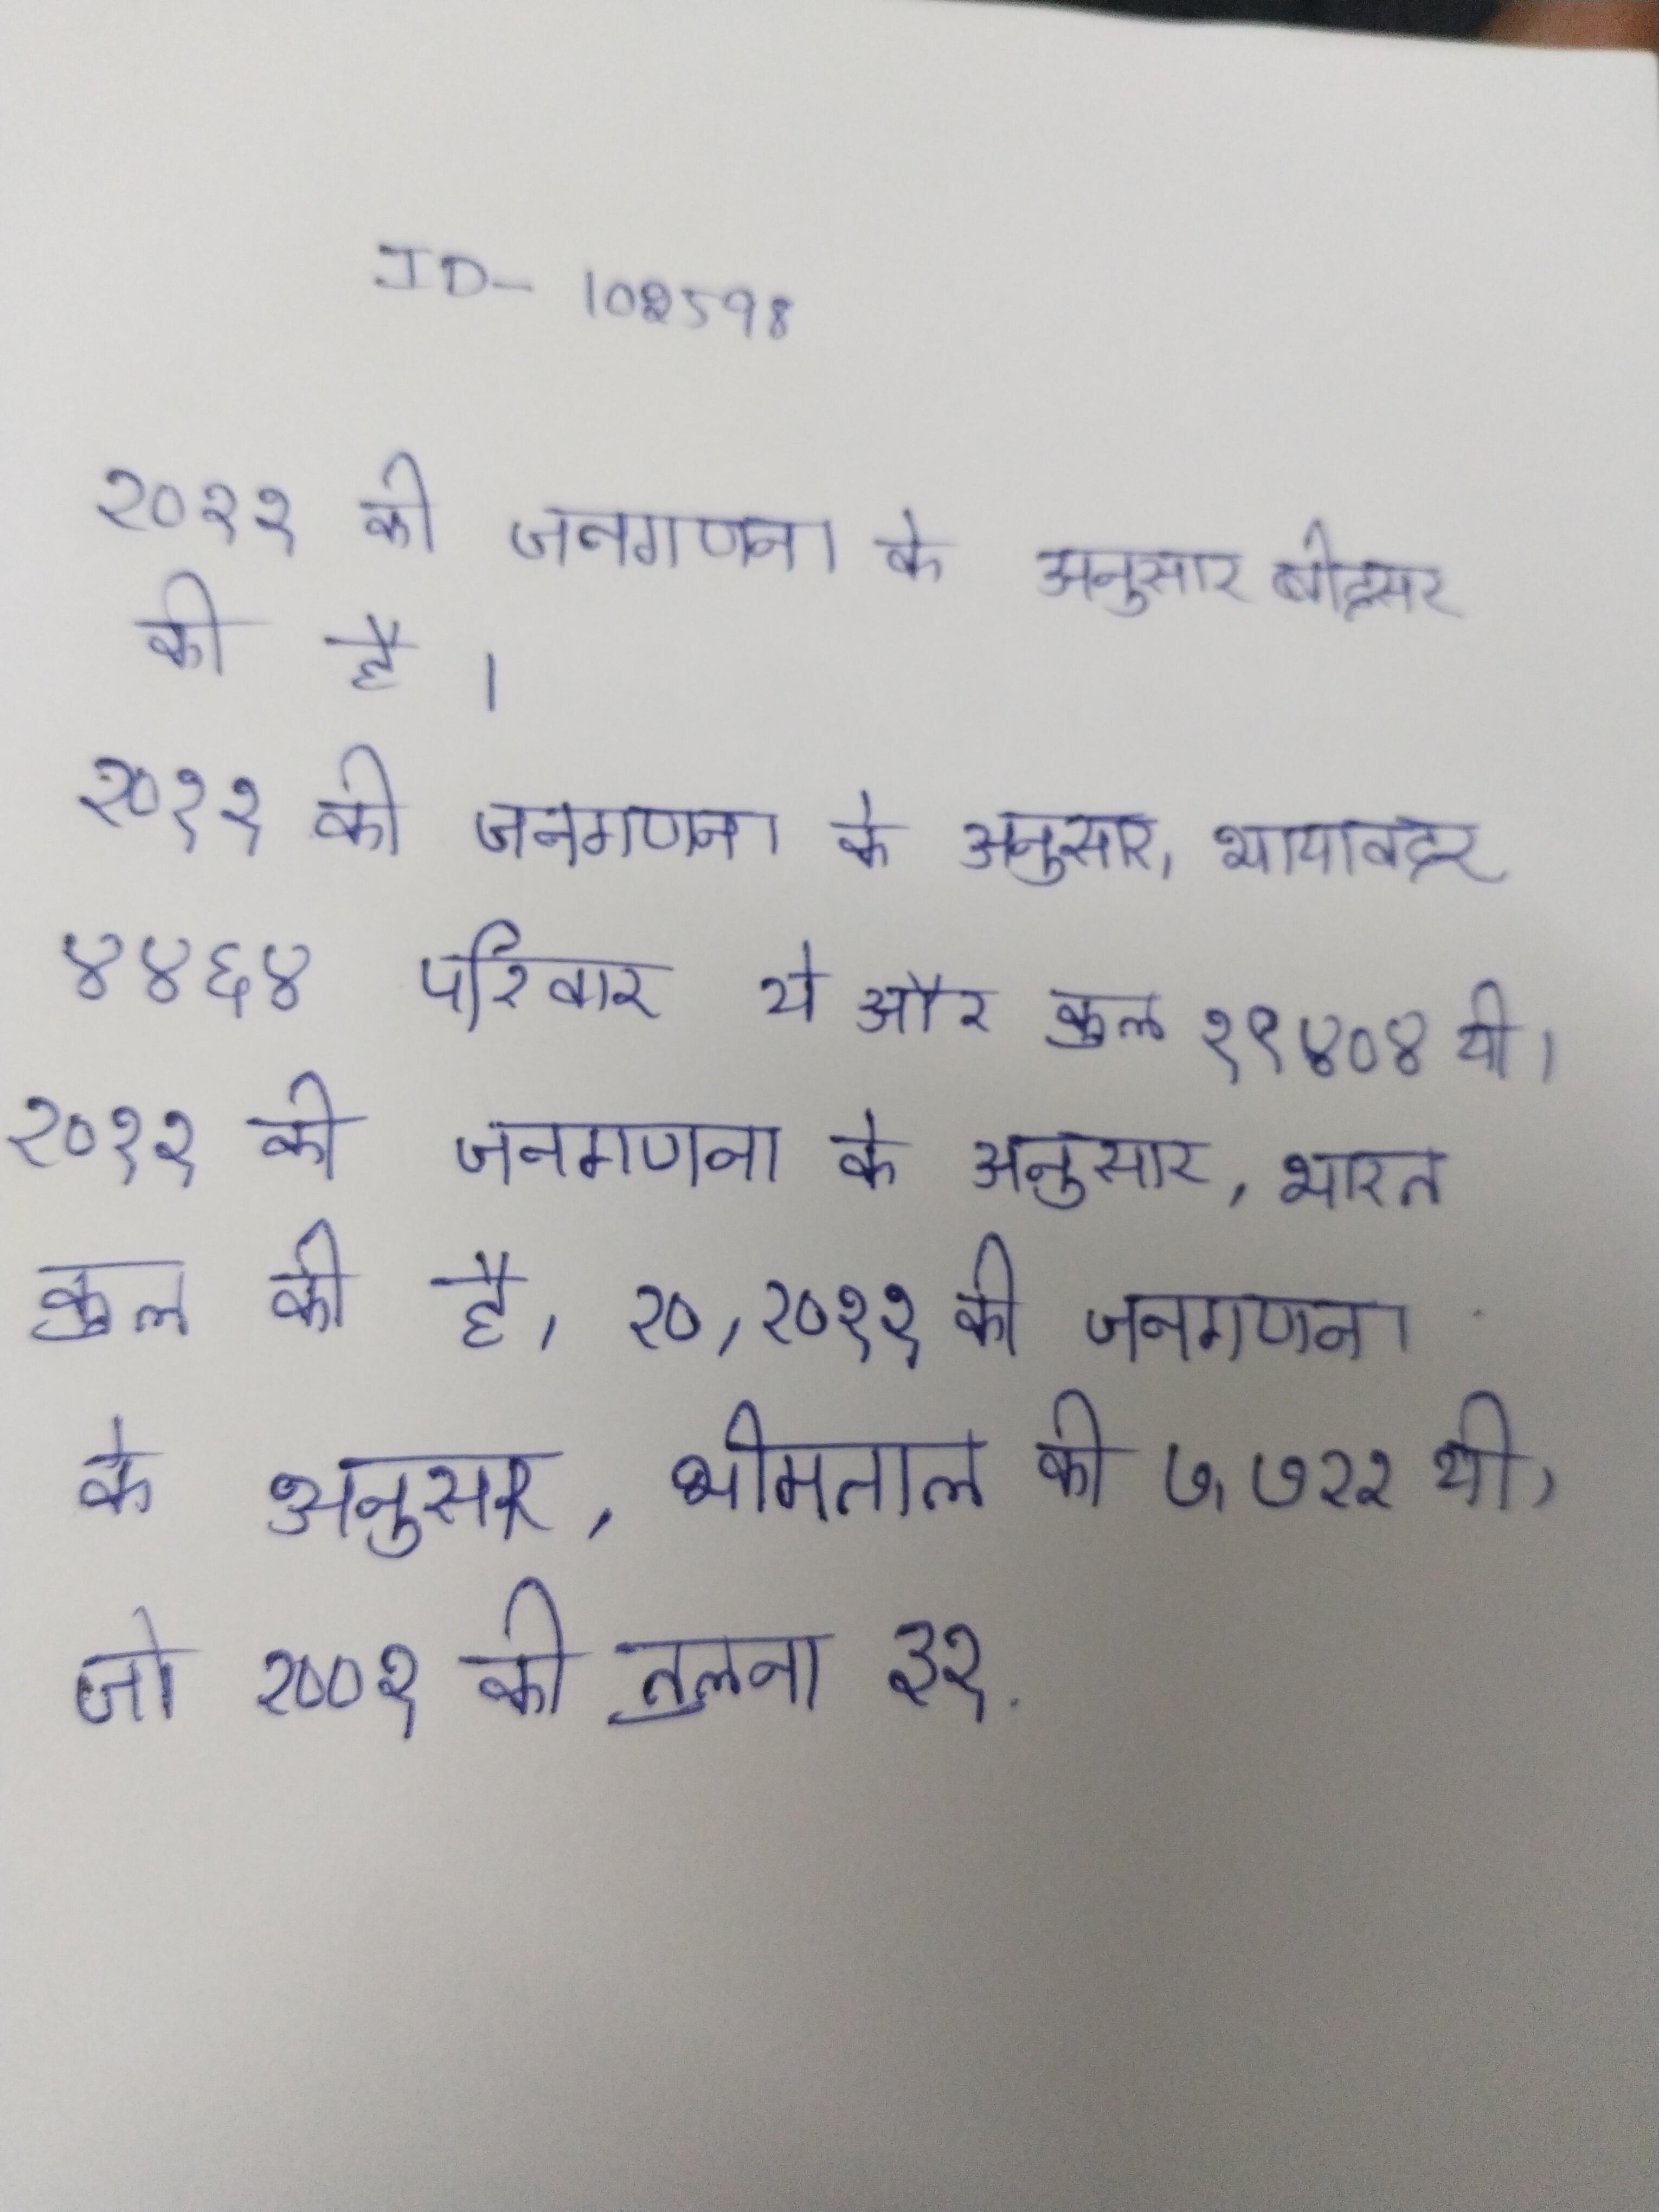
२०११ की जनगणना के अनुसार बीदसर की है । २०११ की जनगणना के अनुसार, भायावदर ४४६४ परिवार थे और कुल १९४०४ थी । २०११ की जनगणना के अनुसार, भारत कुल की है, २० . २०११ की जनगणना के अनुसार, भीमताल की ७,७२२ थी, जो २००१ की तुलना ३१ .